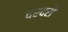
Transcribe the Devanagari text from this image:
दरदरी